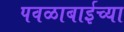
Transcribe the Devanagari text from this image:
पवळाबाईच्या